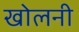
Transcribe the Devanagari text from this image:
खोलनी